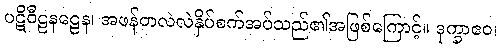
ပဋိဝီဠနဠေန၊ အဖန်တလဲလဲနှိပ်စက်အပ်သည်၏အဖြစ်ကြောင့်။ ဒုက္ခာဧဝ၊